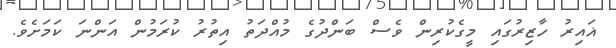
ޣައިރު ހާޒިރުގައި މީގެކުރިން ވެސް ބަންދުގެ މުއްދަތު އިތުރު ކުރަމުން އަންނަ ކަމަށެވެ.